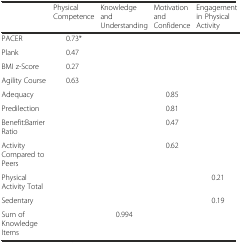
|  | Physical Competence | Knowledge and Understanding | Motivation and Confidence | Engagement in Physical Activity |
 | --- | --- | --- | --- | --- |
 | PACER | 0.73* |  |  |  |
 | Plank | 0.47 |  |  |  |
 | BMI z-Score | 0.27 |  |  |  |
 | Agility Course | 0.63 |  |  |  |
 | Adequacy |  |  | 0.85 |  |
 | Predilection |  |  | 0.81 |  |
 | Benefit:Barrier Ratio |  |  | 0.47 |  |
 | Activity Compared to Peers |  |  | 0.62 |  |
 | Physical Activity Total |  |  |  | 0.21 |
 | Sedentary |  |  |  | 0.19 |
 | Sum of Knowledge Items |  | 0.994 |  |  |